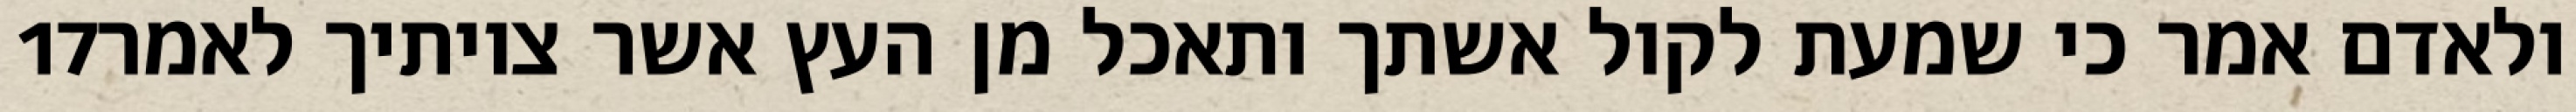
‎17‏ ולאדם אמר כי שמעת לקול אשתך ותאכל מן העץ אשר צויתיך לאמר